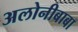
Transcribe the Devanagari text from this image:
अलोनीबाबा